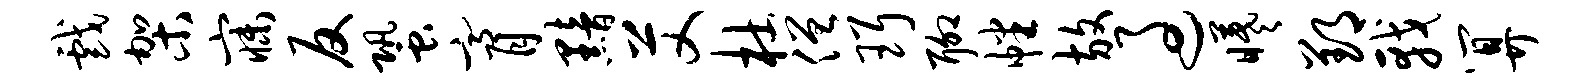
戏架寐反蛩膏黯艾杜僧珥聊幡放过曦郢戟算